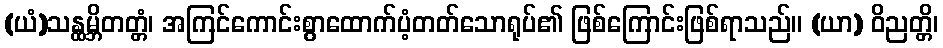
(ယံ)သန္ထမ္ဘိတတ္တံ၊ အကြင်ကောင်းစွာထောက်ပံ့တတ်သောရုပ်၏ ဖြစ်ကြောင်းဖြစ်ရာသည်။ (ယာ) ဝိညတ္တိ၊